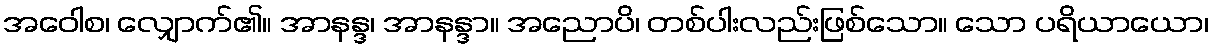
အဝေါစ၊ လျှောက်၏။ အာနန္ဒ၊ အာနန္ဒာ။ အညောပိ၊ တစ်ပါးလည်းဖြစ်သော။ သော ပရိယာယော၊